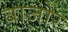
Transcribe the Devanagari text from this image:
बाजोर